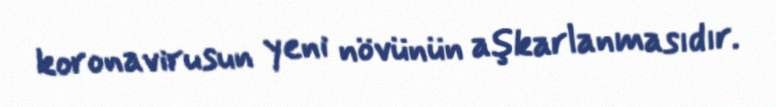
koronavirusun yeni növünün aşkarlanmasıdır.